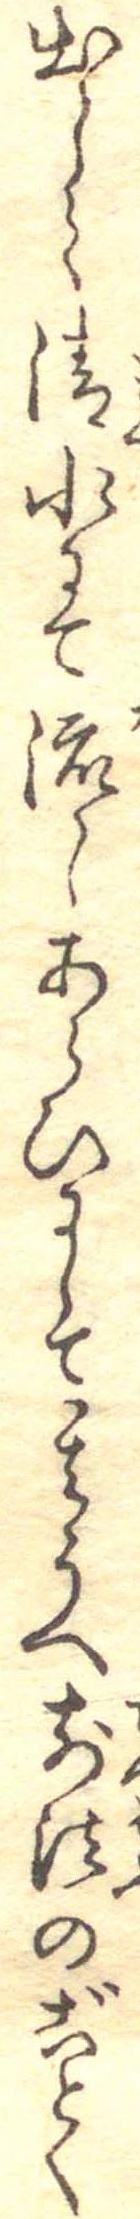
出して清水にて流しあらひにして其うへ前法のごとく